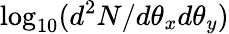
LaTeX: \log_{10}(d^{2}N/d\theta_{x}d\theta_{y})